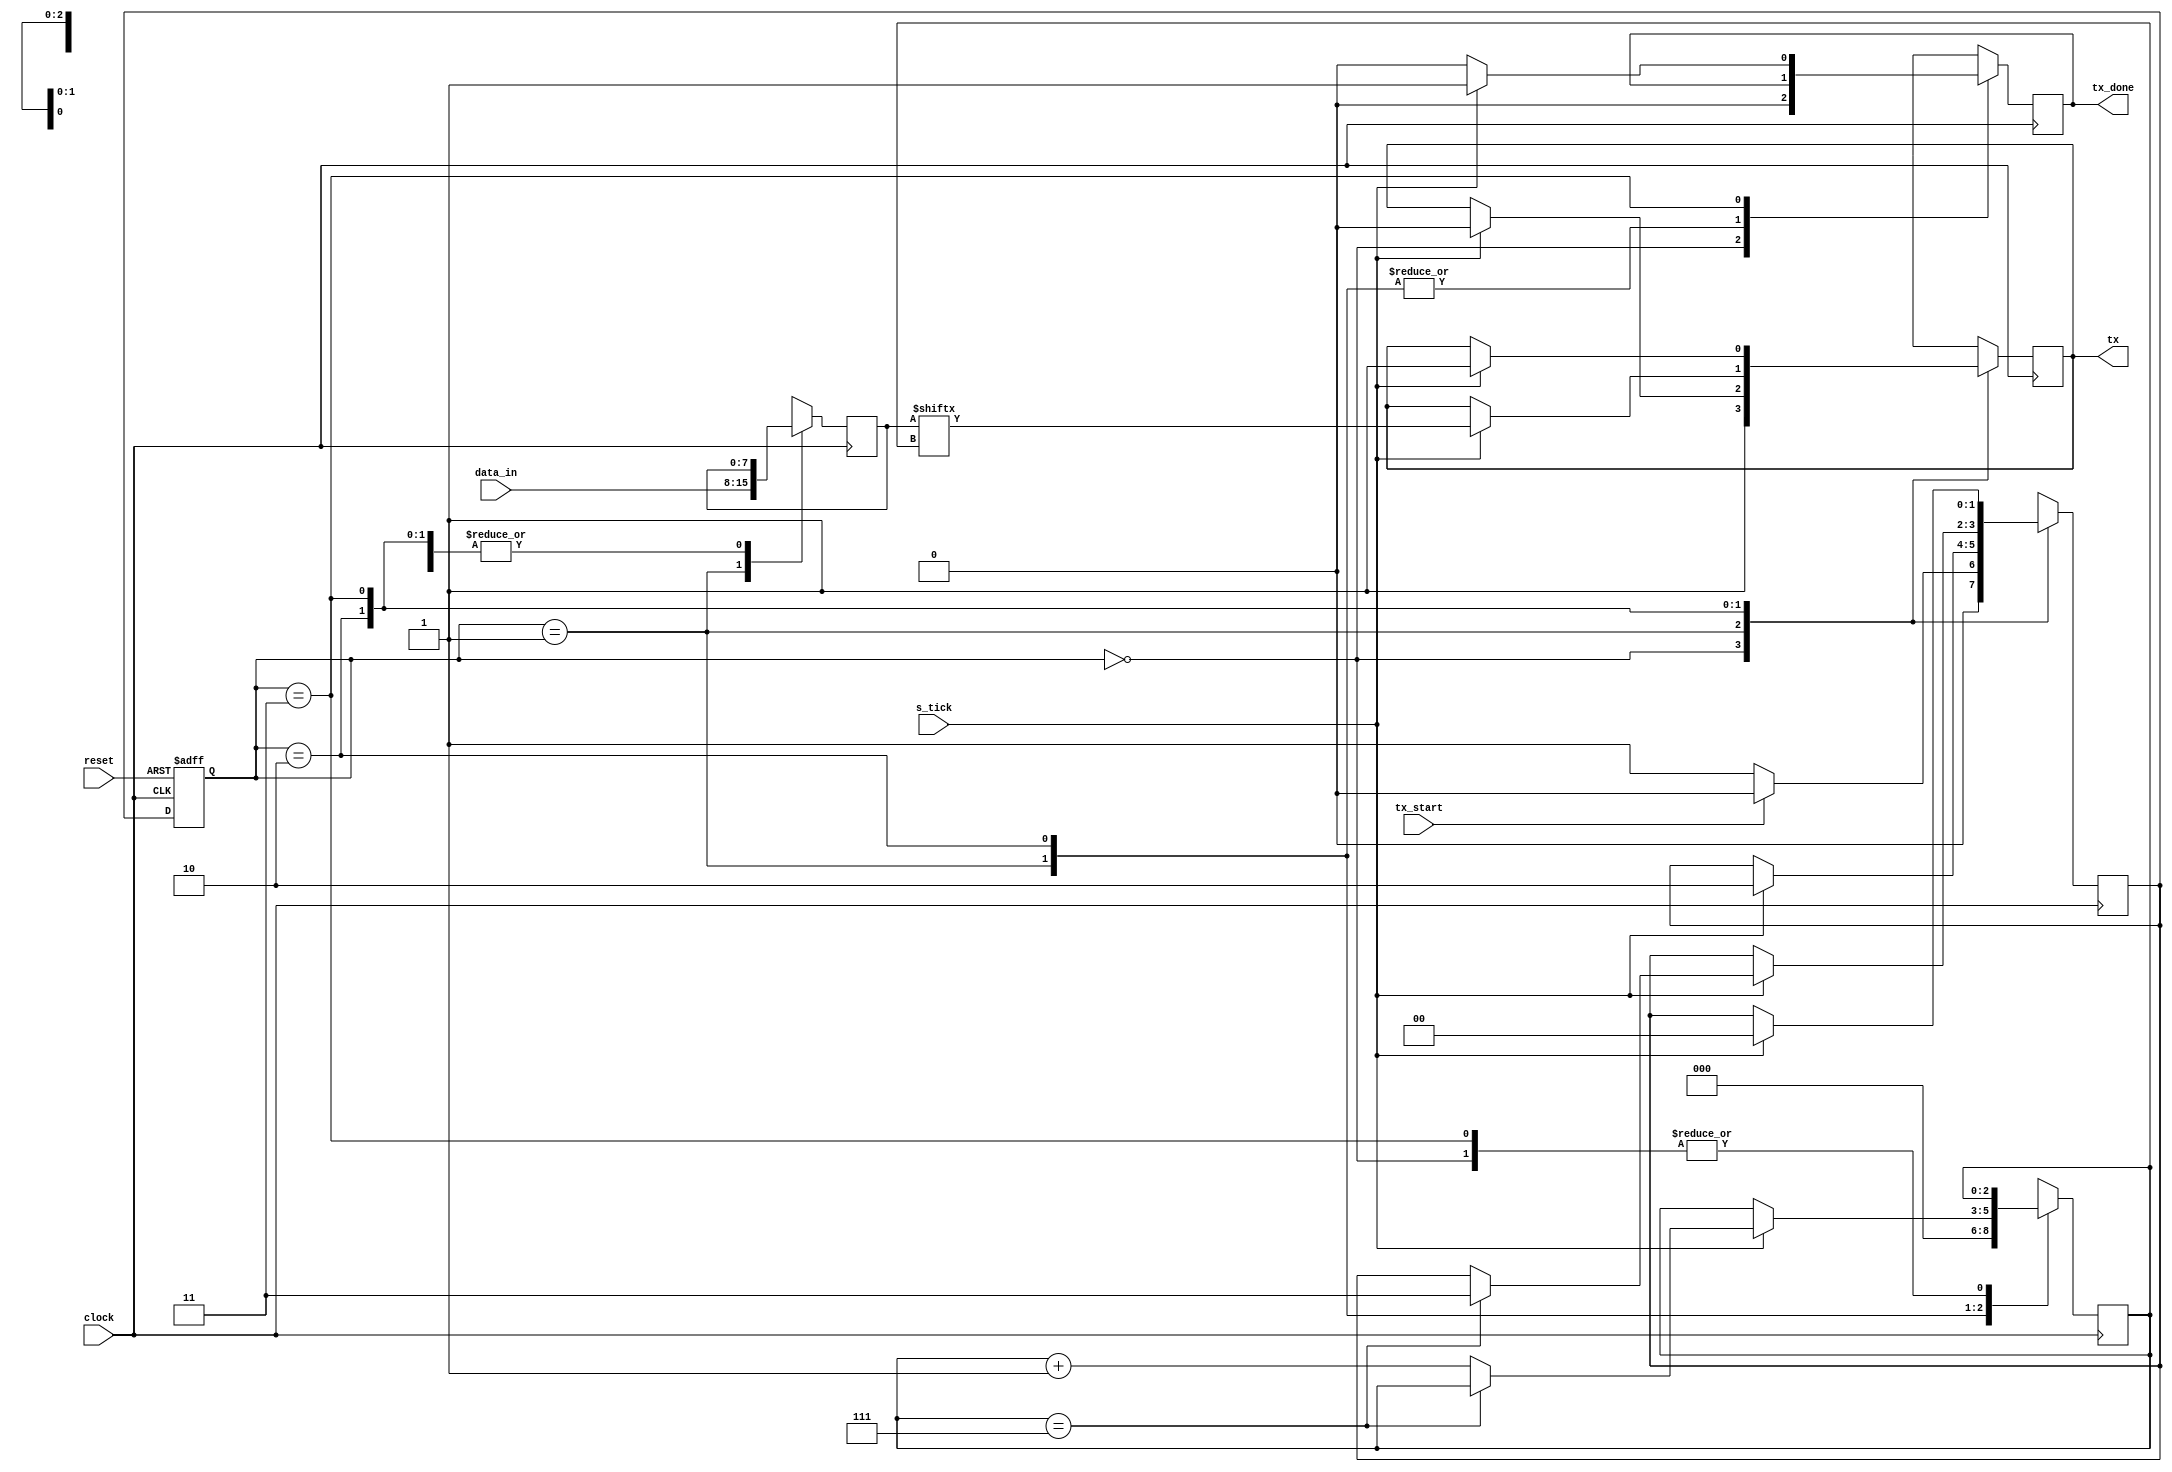
module UART_tx (
	input clock,			// clock de la placa a 50MHz
	input reset,
	input s_tick,			// del baud rate generator a 9600bps
	input tx_start,		// flag de comienzo de envo (LGICA NEGATIVA)
	input [7:0] data_in,	// buffer de entrada de datos paralelo
	output reg tx,			// salida serie de datos
	output reg tx_done	// flag de finalizacin de envo
);
	localparam [1:0]	IDLE = 0,
							START = 1,
							SEND = 2,
							STOP = 3;
						
	localparam			B_start=1'b0,
							B_stop= 1'b1;
						
	reg [1:0] current_state, next_state;
	reg [2:0] B_sent;
	reg [7:0] d_in; 		// buffer local
	
	//algoritmo de cambio de estado
	always @(posedge clock, posedge reset)
	begin
		if(reset) begin
			current_state <= IDLE;
		end
		else 
			current_state <= next_state;
	end

	// algoritmo de prximo de estado
/*	always @* begin
		case(current_state) 
			IDLE: next_state <= tx_start? IDLE : START;
			START: next_state <= SEND;
			SEND: next_state <= (B_sent>=8)? STOP : SEND;
			STOP: next_state <= IDLE;
		endcase
	end
*/
	// contadores
	always @(posedge clock) begin
		case(current_state)
			IDLE: begin		
				tx_done = 0;
				tx= 1;
				if(~tx_start) begin // tx_start acta por nivel bajo
					next_state = START;
				end 
				else next_state = IDLE;
			end
			START: begin
				d_in = data_in; 
				B_sent = 0;
				if(s_tick) begin
					tx = B_start;
					next_state = SEND;
				end
			end
			SEND: begin
				if(s_tick) begin
					tx = d_in[B_sent];
					if(B_sent == 7) begin
						next_state = STOP;
					end
					else begin
						B_sent = B_sent + 3'b1;
					end
				end
			end
			STOP: begin
				if(s_tick) begin
					tx = B_stop;
					tx_done = 1;
					next_state=IDLE;
				end
				else if (tx_done==1) begin
					tx_done=0;
				end
			end
		endcase
	end
	
/*	//algoritmo de salida
	always @* begin
		tx_done<= 0;
		tx <= B_stop;
		case(current_state)
			START: 	tx <= B_start;
			SEND: 	tx <= d_in[B_sent];
			STOP: 	tx_done <= 1;
		endcase
	end
*/
endmodule